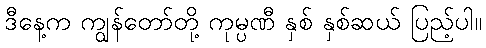
ဒီနေ့က ကျွန်တော်တို့ ကုမ္ပဏီ နှစ် နှစ်ဆယ် ပြည့်ပါ။